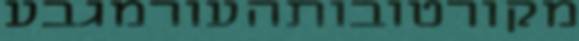
מקורטובותהעורמגבע